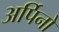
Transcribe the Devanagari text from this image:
अर्पिनो